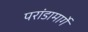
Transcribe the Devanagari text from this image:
परांडामार्गे